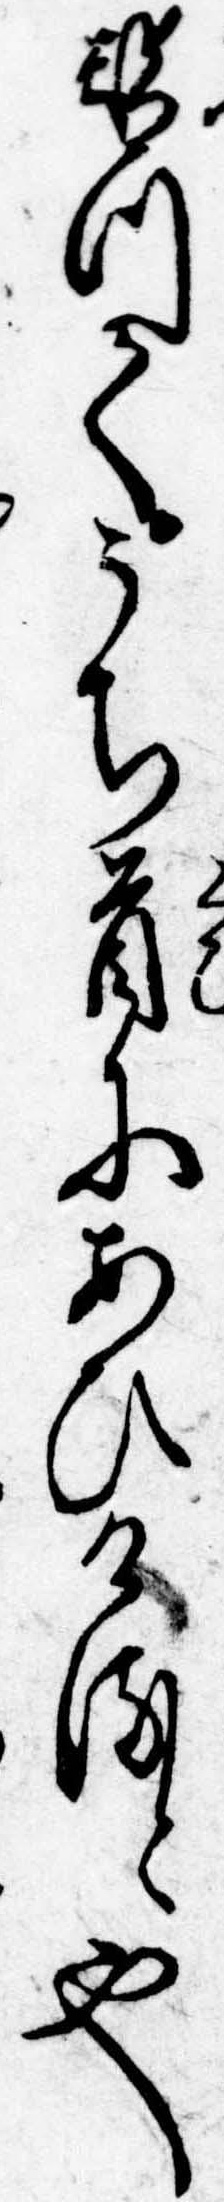
替つてうち首にあひけると也